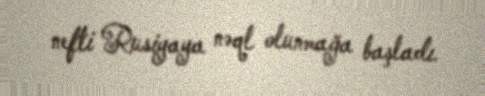
nefti Rusiyaya nəql olunmağa başladı.